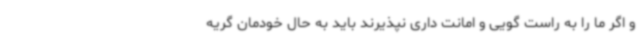
و اگر ما را به راست گویی و امانت داری نپذیرند باید به حال خودمان گریه